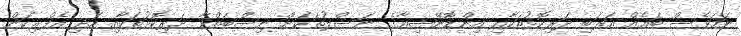
ނަމަވެސް ބައެއް އަރަބި ދަރިކޮޅުތަކާއި އިންޑޮނޭޝިއާގެ ނަސްލުތަކަށް ނިސްބަތްވާ ދަރިކޮޅުތަކާއި އަދި އެފްރިކަން